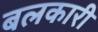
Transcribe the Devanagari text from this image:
बलकारी